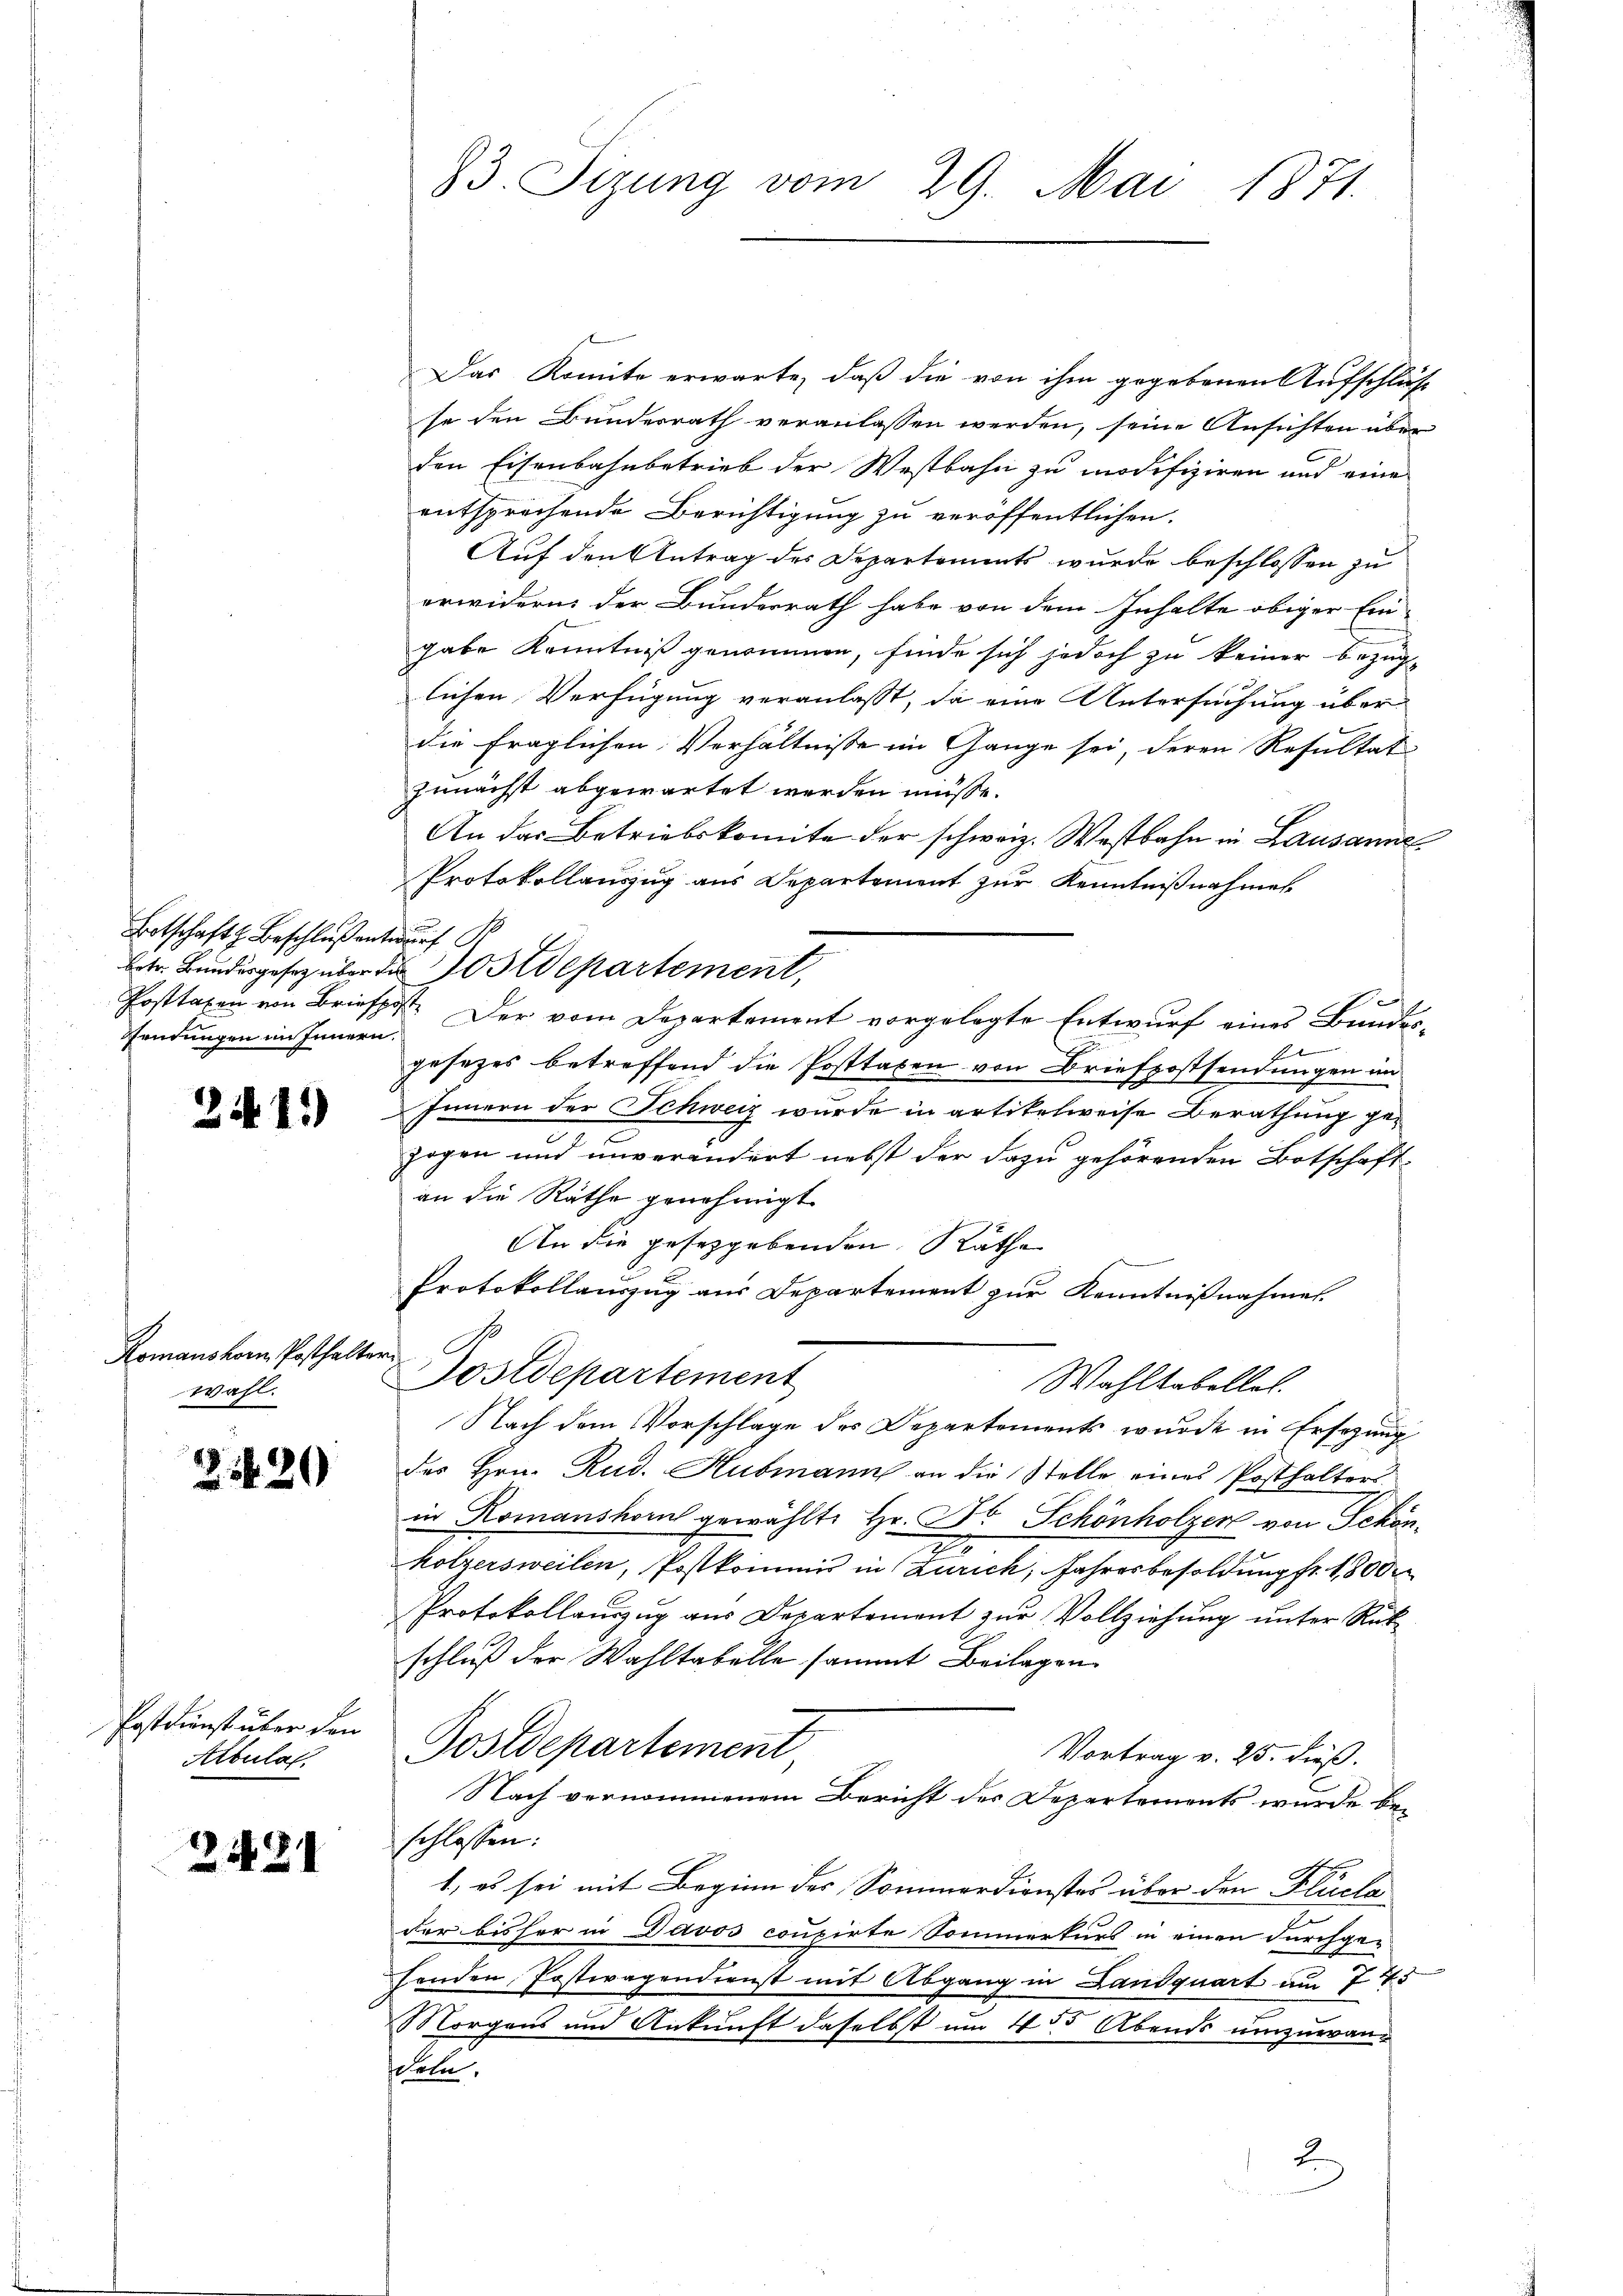
Botschaft Beschluß entwurf S
Fendungen im Innern.

24.11)

Romanskom Posthalter
wahl.

2420

Postkunst über den
Albula

2421

83. Sizung vom 29. Mai 1871.

Das Komite erwarte, daß die von ihm gegebenen Aufschluß
se den Bunderrath veranlassen werden, seine Ansichten über
den Eisenbahnbetrieb der Westbahn zu modifiziren und eine
entsprechende Berichtigung zu veröffentlichen.
Auf den Antrag des Departements wurde beschlossen zu
erwidern der Bundesrath habe von dem Inhalte obiger Ein-
gabe Kenntniß genommen, finde sich jedoch zu keiner bezüg-
lichen Verfügung veranlasst, da eine Untersuchung über-
die fraglichen Verhältnisse im Gange sei, deren Resultat
zunächst abgewartet werden müsse.
An das Betriebskomite der schweiz. Westbahn in Lausanne
Protokollaŭszŭg aŭs Departement zŭr Kenntniβnahme
e
betr. Bundesgesetz über die Ostdepartement,
Posttaxen von Briefpost. Der vom Departement vorgelegte Entwurf eines Bundes-
gesezes betreffend die Posttaxen von Briefpostsendungen im
Innern der Schweiz wurde in artikelweise Berathung gezogen und unverändert nebst der dazu gehörenden Botschaftan die Räthe genehmigt
An die gesetzgebenden Räthe
Protokollauszug aus Departement zur Kenntnißnahmen.
C
Sostdepartement
Wahltabellet.
Nach dem Vorschlage des Departements wurde in Ersezung
des Hrn. Rud. Hubmann an die Stelle eines Posthalters
in Romanshorn gewählte Hr. Dr Schönholzer von Schönholzersweilen, Postkommis in Zürich, Jahresbesoldung fr. 1800
Protokollauszug aus Departement zŭr Vollziehŭng ŭnter Rükschluß der Wahltabelle sammt Beilagen
Postdepartement,
Vortrag v. 25. dieß:
Nach vernommenem Bericht der Departements wurde beschlossen:
1, es sei mit Beginn des Sommerdienstes über den Flüela
der bisher in Davos coupirte Sommerkurs in einen durchgehenden Postwagendienst mit Abgang in Landquart am 775
Morgens und Ankunft daselbst um 435 Abends umzuwanchete.
2.